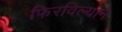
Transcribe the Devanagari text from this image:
फिरविल्याने